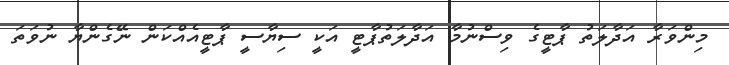
މިންވަރާ އަދާލަތު ޕާޓީގެ ވިސްނުމާ އަދާލަތުޕާޓީ އަކީ ސިޔާސީ ޕާޓީއެއްކަން ނޭގެންޔާ ނުވަތަ